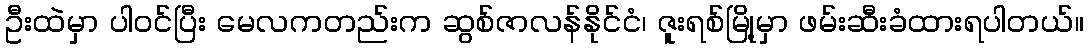
ဦးထဲမှာ ပါဝင်ပြီး မေလကတည်းက ဆွစ်ဇာလန်နိုင်ငံ၊ ဇူးရစ်မြို့မှာ ဖမ်းဆီးခံထားရပါတယ်။